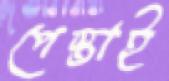
পেস্তাই